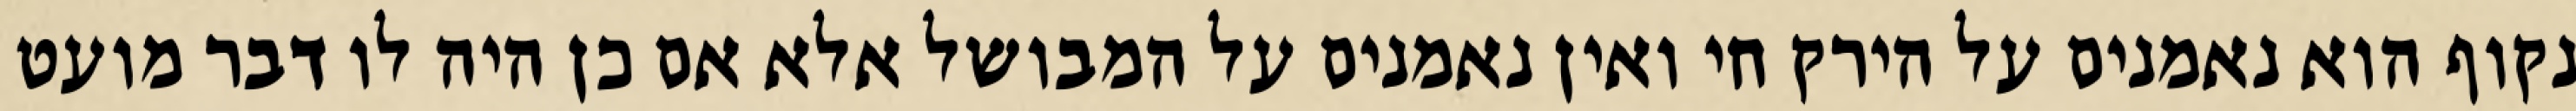
נקוף הוא נאמנים על הירק חי ואין נאמנים על המבושל אלא אם כן היה לו דבר מועט